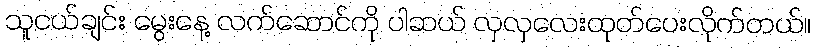
သူငယ်ချင်း မွေးနေ့ လက်ဆောင်ကို ပါဆယ် လှလှလေးထုတ်ပေးလိုက်တယ်။